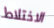
الاختلاط